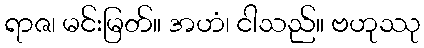
ရာဇ၊ မင်းမြတ်။ အဟံ၊ ငါသည်။ ဗဟုဿု